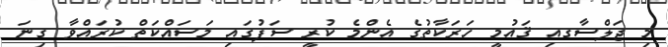
މި ޖަލްސާގއި ޤައުމީ ހަރަކާތުގެ އެންމެ ކުރީ ސަފުގަައި މަސައްކަތް ކުރައްވާ ގިނަ